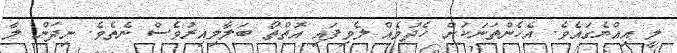
ލީ އިއްޔެގައެވެ. އެހެންތަނަކަށް ހެދުމެއް ލެވިފައި އޮތްތޯ ބަލާލިއިރުވެސް ނެތެވެ. ނިދަން ލާ